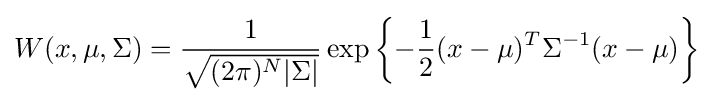
W(x,\mu ,\Sigma )={\frac {1}{\sqrt {(2\pi )^{N}|\Sigma |}}}\exp \left\{-{\frac {1}{2}}(x-\mu )^{T}\Sigma ^{-1}(x-\mu )\right\}